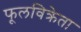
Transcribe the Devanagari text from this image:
फूलविक्रेता